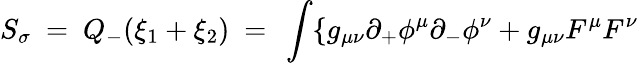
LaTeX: S_{\sigma}~=~Q_{-}(\xi_{1}+\xi_{2})~=~\int\{ g_{\mu\nu}\partial_{+}\phi^{\mu}\partial_{-}\phi^{\nu}+g_{\mu\nu}F^{\mu}F^{\nu}